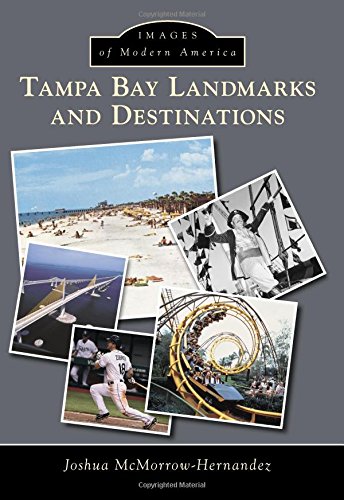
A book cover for Tampa Bay Landmarks and Destinations (Images of Modern America); Joshua McMorrow-Hernandez; Travel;